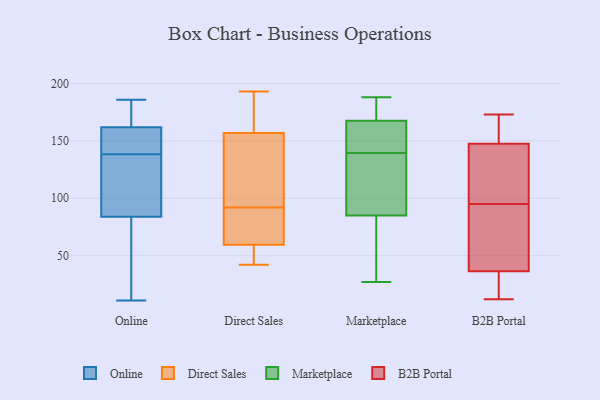
{"axis": {"x": "Population (Million)", "y": "Value"}, "legend": ["B2B Portal", "Direct Sales", "Marketplace", "Online"], "data": [{"x": "", "y": 158, "type": "Online"}, {"x": "", "y": 73, "type": "Online"}, {"x": "", "y": 155, "type": "Online"}, {"x": "", "y": 87, "type": "Online"}, {"x": "", "y": 137, "type": "Online"}, {"x": "", "y": 173, "type": "Online"}, {"x": "", "y": 19, "type": "Online"}, {"x": "", "y": 140, "type": "Online"}, {"x": "", "y": 172, "type": "Online"}, {"x": "", "y": 81, "type": "Online"}, {"x": "", "y": 144, "type": "Online"}, {"x": "", "y": 169, "type": "Online"}, {"x": "", "y": 133, "type": "Online"}, {"x": "", "y": 89, "type": "Online"}, {"x": "", "y": 165, "type": "Online"}, {"x": "", "y": 11, "type": "Online"}, {"x": "", "y": 70, "type": "Online"}, {"x": "", "y": 186, "type": "Online"}, {"x": "", "y": 100, "type": "Online"}, {"x": "", "y": 159, "type": "Online"}, {"x": "", "y": 152, "type": "Direct Sales"}, {"x": "", "y": 193, "type": "Direct Sales"}, {"x": "", "y": 62, "type": "Direct Sales"}, {"x": "", "y": 58, "type": "Direct Sales"}, {"x": "", "y": 170, "type": "Direct Sales"}, {"x": "", "y": 154, "type": "Direct Sales"}, {"x": "", "y": 176, "type": "Direct Sales"}, {"x": "", "y": 113, "type": "Direct Sales"}, {"x": "", "y": 92, "type": "Direct Sales"}, {"x": "", "y": 123, "type": "Direct Sales"}, {"x": "", "y": 51, "type": "Direct Sales"}, {"x": "", "y": 54, "type": "Direct Sales"}, {"x": "", "y": 42, "type": "Direct Sales"}, {"x": "", "y": 65, "type": "Direct Sales"}, {"x": "", "y": 166, "type": "Direct Sales"}, {"x": "", "y": 60, "type": "Direct Sales"}, {"x": "", "y": 90, "type": "Direct Sales"}, {"x": "", "y": 114, "type": "Marketplace"}, {"x": "", "y": 97, "type": "Marketplace"}, {"x": "", "y": 165, "type": "Marketplace"}, {"x": "", "y": 184, "type": "Marketplace"}, {"x": "", "y": 159, "type": "Marketplace"}, {"x": "", "y": 188, "type": "Marketplace"}, {"x": "", "y": 168, "type": "Marketplace"}, {"x": "", "y": 167, "type": "Marketplace"}, {"x": "", "y": 174, "type": "Marketplace"}, {"x": "", "y": 73, "type": "Marketplace"}, {"x": "", "y": 66, "type": "Marketplace"}, {"x": "", "y": 165, "type": "Marketplace"}, {"x": "", "y": 67, "type": "Marketplace"}, {"x": "", "y": 151, "type": "Marketplace"}, {"x": "", "y": 42, "type": "Marketplace"}, {"x": "", "y": 128, "type": "Marketplace"}, {"x": "", "y": 97, "type": "Marketplace"}, {"x": "", "y": 27, "type": "Marketplace"}, {"x": "", "y": 181, "type": "Marketplace"}, {"x": "", "y": 122, "type": "Marketplace"}, {"x": "", "y": 12, "type": "B2B Portal"}, {"x": "", "y": 102, "type": "B2B Portal"}, {"x": "", "y": 148, "type": "B2B Portal"}, {"x": "", "y": 166, "type": "B2B Portal"}, {"x": "", "y": 133, "type": "B2B Portal"}, {"x": "", "y": 19, "type": "B2B Portal"}, {"x": "", "y": 41, "type": "B2B Portal"}, {"x": "", "y": 146, "type": "B2B Portal"}, {"x": "", "y": 95, "type": "B2B Portal"}, {"x": "", "y": 41, "type": "B2B Portal"}, {"x": "", "y": 173, "type": "B2B Portal"}, {"x": "", "y": 154, "type": "B2B Portal"}, {"x": "", "y": 35, "type": "B2B Portal"}, {"x": "", "y": 51, "type": "B2B Portal"}, {"x": "", "y": 62, "type": "B2B Portal"}, {"x": "", "y": 165, "type": "B2B Portal"}, {"x": "", "y": 135, "type": "B2B Portal"}, {"x": "", "y": 33, "type": "B2B Portal"}, {"x": "", "y": 19, "type": "B2B Portal"}]}